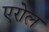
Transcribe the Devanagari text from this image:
एरोल